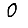
Digit: 0